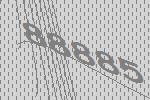
88885